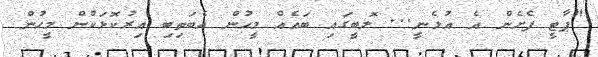
"ޕާޓީ ފެށެން އެ އުޅެނީ... ލޮބީގައި ބައެއް މީހުން އެބަތިބި އިރުކޮޅަކުން މީހުން